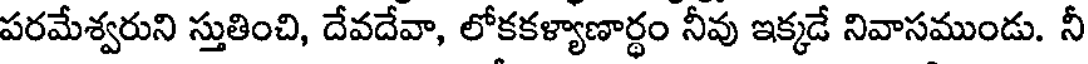
పరమేశ్వరుని స్తుతించి, దేవదేవా, లోకకళ్యాణార్థం నీవు ఇక్కడే నివాసముండు. నీ